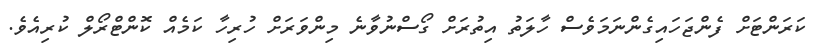
ކަރަންޓަށް ފެންޖަހައިގެންނަމަވެސް ހާލަތު އިތުރަށް ގޯސްނުވާނެ މިންވަރަށް ހުރިހާ ކަމެއް ކޮންޓްރޯލް ކުރިއެވެ.